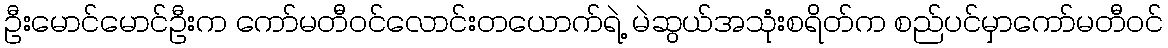
ဦးမောင်မောင်ဦးက ကော်မတီဝင်လောင်းတယောက်ရဲ့ မဲဆွယ်အသုံးစရိတ်က စည်ပင်မှာကော်မတီဝင်